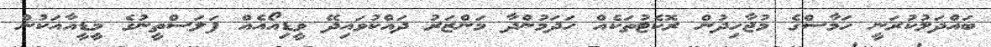
ބައްދަލުކުރަނީ ހަމާސްގެ މުޖާހިދުން ރޮކެޓުތަކެއް ހަދަމުންދާ މަންޒަރު ދައްކުވައިދޭ ވީޑިއޯއެއް ފަލަސްތީނުގެ މީޑީއާއަކުން